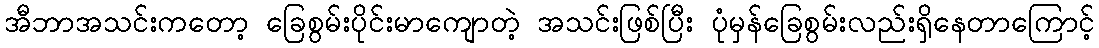
အီဘာအသင်းကတော့ ခြေစွမ်းပိုင်းမာကျောတဲ့ အသင်းဖြစ်ပြီး ပုံမှန်ခြေစွမ်းလည်းရှိနေတာကြောင့်